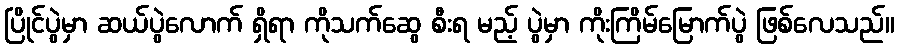
ပြိုင်ပွဲမှာ ဆယ်ပွဲလောက် ရှိရာ ကိုသက်ဆွေ စီးရ မည့် ပွဲမှာ ကိုးကြိမ်မြောက်ပွဲ ဖြစ်လေသည်။